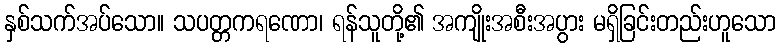
နှစ်သက်အပ်သော။ သပတ္တကရဏော၊ ရန်သူတို့၏ အကျိုးအစီးအပွား မရှိခြင်းတည်းဟူသော